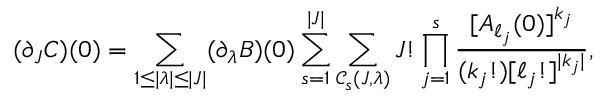
( \partial _ { \boldsymbol { J } } C ) ( 0 ) = \sum _ { \substack { 1 \leq | \boldsymbol { \lambda } | \leq | \boldsymbol { J } | } } ( \partial _ { \boldsymbol { \lambda } } B ) ( 0 ) \sum _ { s = 1 } ^ { | \boldsymbol { J } | } \sum _ { \mathcal { C } _ { s } ( \boldsymbol { J } , \boldsymbol { \lambda } ) } \boldsymbol { J } ! \prod _ { j = 1 } ^ { s } \frac { [ \boldsymbol { A } _ { \boldsymbol { \ell } _ { j } } ( 0 ) ] ^ { \boldsymbol { k } _ { j } } } { ( \boldsymbol { k } _ { j } ! ) [ \boldsymbol { \ell } _ { j } ! ] ^ { | \boldsymbol { k } _ { j } | } } ,